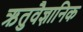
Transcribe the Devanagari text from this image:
ऋतुवैज्ञानिक